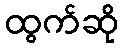
ထွက်ဆို